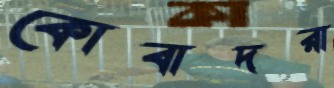
কোবাদরা